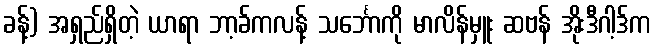
ခန့်) အရှည်ရှိတဲ့ ယာရာ ဘာ့ခ်ကလန့် သင်္ဘောကို မာလိန်မှူး ဆဗန် အိုးဒီဂါ့ဒ်က